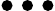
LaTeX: \bullet\bullet\bullet